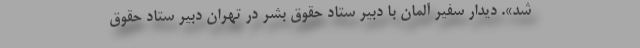
شد». دیدار سفیر آلمان با دبیر ستاد حقوق بشر در تهران دبیر ستاد حقوق